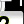
Digit: 2